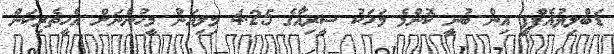
ޑަބްލިޔުއެފްޕީ އިން ބުނީ ކޮންމެ މަހަކު ސީރިއާގެ 4.25 މިލިއަން މީހުންނަށް އެހީތެރިކަން